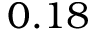
0 . 1 8